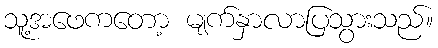
သူ့အဖေကတော့ မျက်နှာလာပြသွားသည်။